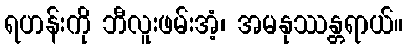
ရဟန်းကို ဘီလူးဖမ်းအံ့၊ အမနုဿန္တရာယ်။